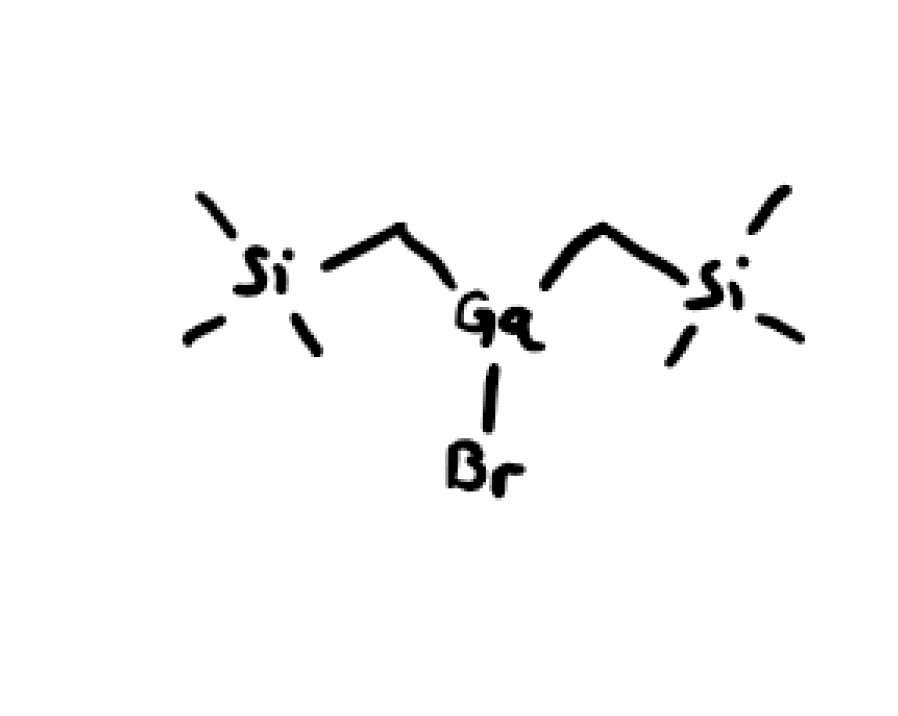
Simplified molecular-input line-entry system (SMILES) notation of the given molecule:
C[Si](C)(C)C[Ga](C[Si](C)(C)C)Br